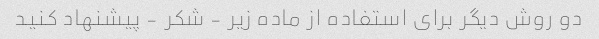
دو روش دیگر برای استفاده از ماده زیر - شکر - پیشنهاد کنید